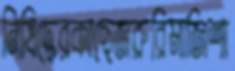
নিষিদ্ধেরকাছেজরুরিমাজিশা